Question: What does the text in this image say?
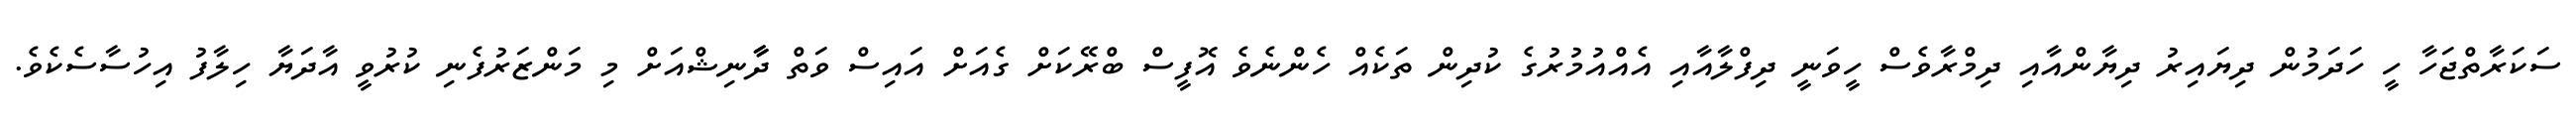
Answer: ސަކަރާތްޖަހާ ހީ ހަދަމުން ދިޔައިރު ދިޔާންއާއި ދިމްރާވެސް ހީވަނީ ދިފްލާއާއި އެއްއުމުރުގެ ކުދިން ތަކެއް ހެންނެވެ އޮފީސް ބްރޭކަށް ގެއަށް އައިސް ވަތް ދާާނިޝްއަށް މި މަންޒަރުފެނި ކުރުވީ އާދަޔާ ހިލާފު އިހުސާސެކެވެ.